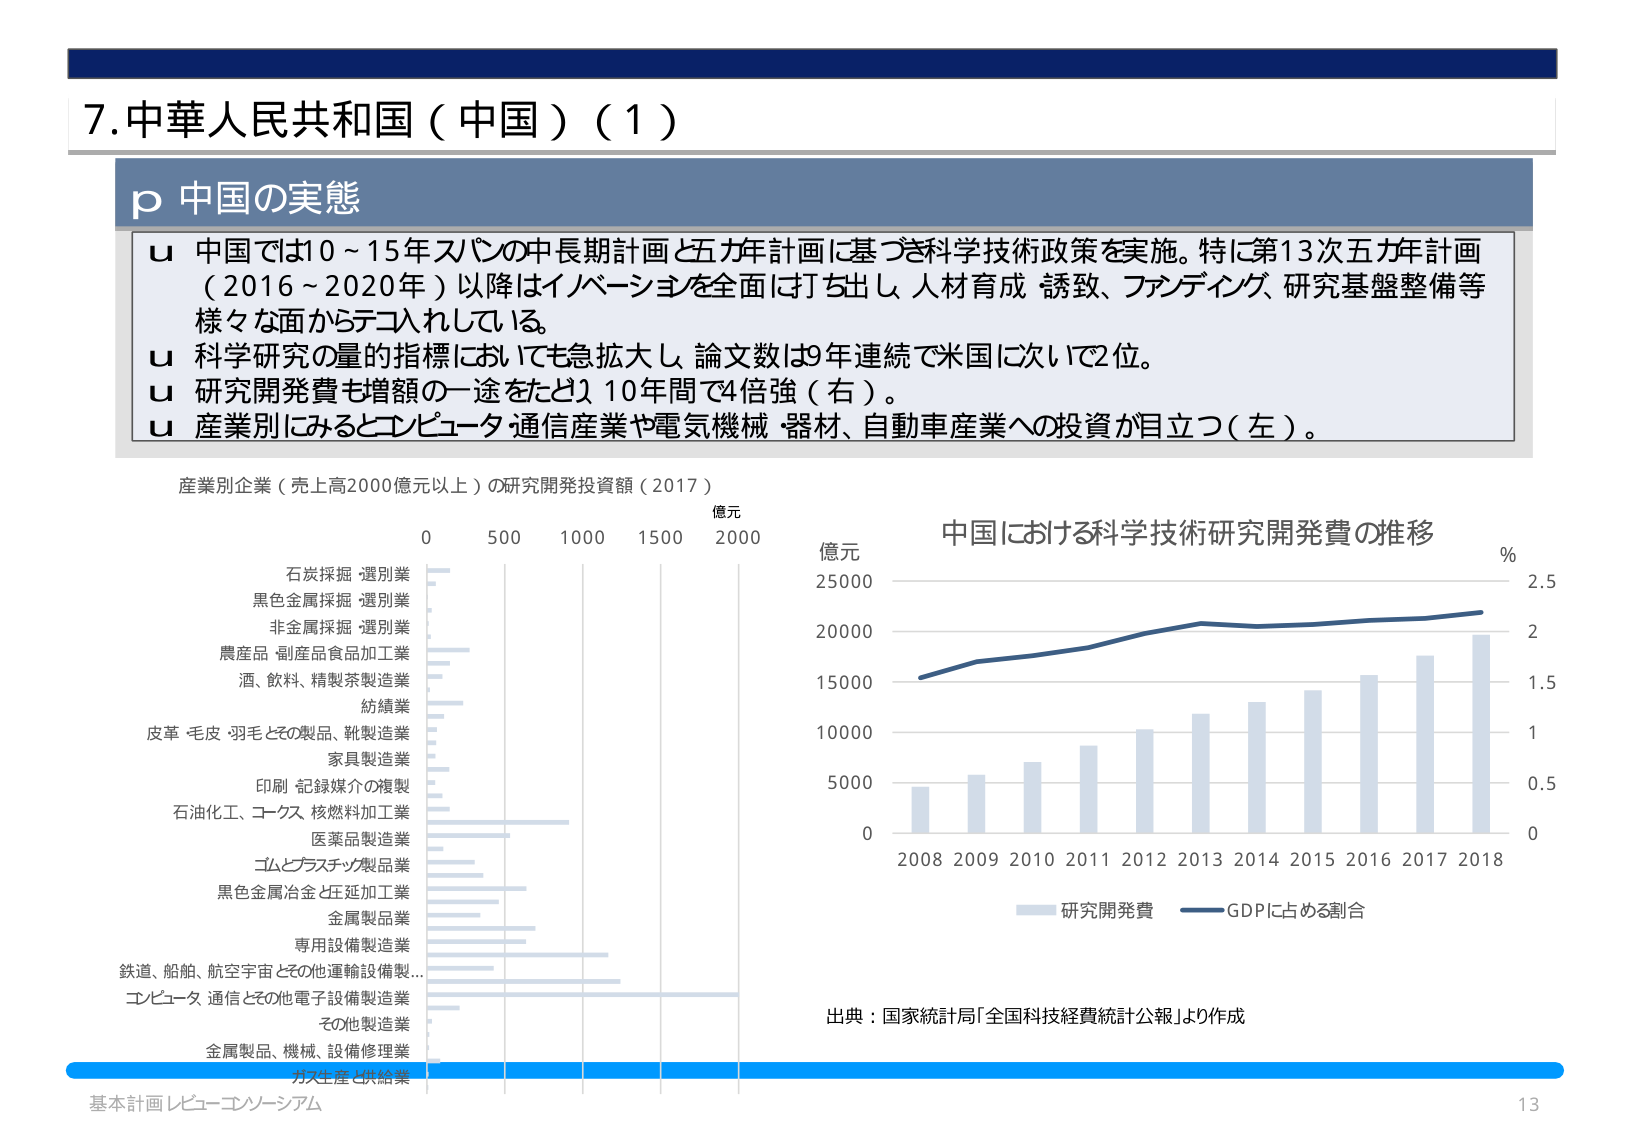
7.中華人民共和国（中国）（1）

p 中国の実態

u 中国では10～15年スパンの中長期計画と五カ年計画に基づき科学技術政策を実施。特に第13次五カ年計画（2016～2020年）以降はイノベーションを全面に打ち出し、人材育成・誘致、ファンドイング、研究基盤整備等様々な面からデコナレしている。
u 科学研究の量的指標においても急拡大し、論文数は9年連続で米国に次いで2位。
u 研究開発費も増額の一途をたどり、10年間で4倍強（右）。
u 産業別にみるとコンピュータ通信産業や電気機械・器材、自動車産業への投資が目立つ（左）。

産業別企業（売上高2000億元以上）の研究開発投資額（2017）
億元
0 500 1000 1500 2000
石炭採掘・選別業
黒色金属採掘・選別業
非金属採掘・選別業
農産品・副産品食品加工業
酒、飲料、精製茶製造業
紡績業
皮革・毛皮・羽毛とその製品、靴製造業
家具製造業
印刷・記録媒介の複製
石油化工、コックス、核燃料加工業
医薬品製造業
ゴムとプラスチック製品業
黒色金属冶金と圧延加工業
金属製品業
専用設備製造業
鉄道、船舶、航空宇宙とその他運輸設備製造業
コンピュータ、通信とその他電子設備製造業
その他製造業
金属製品、機械、設備修理業
ガス生産と供給業

中国における科学技術研究開発費の推移
億元
25000
20000
15000
10000
5000
0
2008 2009 2010 2011 2012 2013 2014 2015 2016 2017 2018
%
2.5
2
1.5
1
0.5
0
研究開発費
GDPに占める割合

出典：国家統計局「全国科技経費統計公報」より作成

基本計画レビュー・コンソーシアム
13